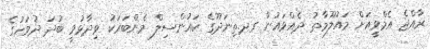
ރާއްޖެ އެމްވީއަށް މައުލޫމާތު ދެއްވައުން ގދ.ތިނަދޫގެ ކައުންސިލް މެންބަރަކު ވިދާޅުވީ ބުދަ ދުވަހުގެ